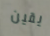
يقين